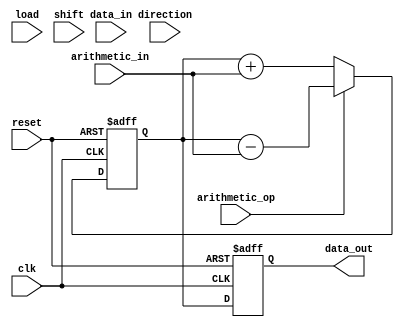
module LogarithmicShiftRegister #(
    parameter WIDTH = 8 // Configurable width (e.g., 8, 16, 32)
) (
    input wire clk,          // Clock signal
    input wire reset,        // Reset signal
    input wire load,         // Load control signal
    input wire shift,        // Shift control signal
    input wire direction,     // Shift direction: 0 for left, 1 for right
    input wire [WIDTH-1:0] data_in, // Input data
    input wire [WIDTH-1:0] arithmetic_in, // Input for arithmetic operations
    input wire arithmetic_op, // 0 for addition, 1 for subtraction
    output reg [WIDTH-1:0] data_out // Output data
);

    reg [WIDTH-1:0] register; // Internal register to hold data

    // Logarithmic shift function
    function [WIDTH-1:0] logarithmic_shift;
        input [WIDTH-1:0] value;
        input [3:0] shift_amount; // Maximum shift amount based on log2(WIDTH)
        begin
            if (shift_amount == 0) begin
                logarithmic_shift = value; // No shift
            end else if (shift_amount < WIDTH) begin
                logarithmic_shift = value << shift_amount; // Left shift
            end else begin
                logarithmic_shift = 0; // Shift out of bounds
            end
        end
    endfunction

    // Main process
    always @(posedge clk or posedge reset) begin
        if (reset) begin
            register <= 0; // Reset register
            data_out <= 0; // Reset output
        end else begin
            if (load) begin
                register <= data_in; // Load new data
            end else if (shift) begin
                // Calculate the logarithmic shift amount
                // For simplicity, we use a fixed shift amount of 1 for demonstration
                // In a real implementation, this could be based on the input value
                register <= (direction == 0) ? logarithmic_shift(register, 1) : (register >> 1);
            end
            
            // Perform arithmetic operation
            if (arithmetic_op == 0) begin
                register <= register + arithmetic_in; // Addition
            end else begin
                register <= register - arithmetic_in; // Subtraction
            end
            
            data_out <= register; // Update output
        end
    end

endmodule